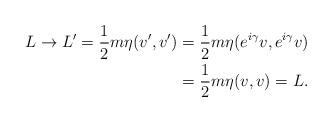
LaTeX: \begin{align*}L \rightarrow L' = \frac{1}{2}m\eta(v',v') &= \frac{1}{2}m\eta(e^{i\gamma}v,e^{i\gamma}v)\\&= \frac{1}{2}m\eta(v,v) = L.\end{align*}